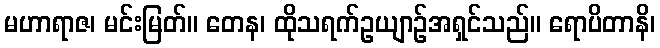
မဟာရာဇ၊ မင်းမြတ်။ တေန၊ ထိုသရက်ဥယျာဉ်အရှင်သည်။ ရောပိတာနိ၊